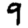
Digit: 9